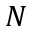
N